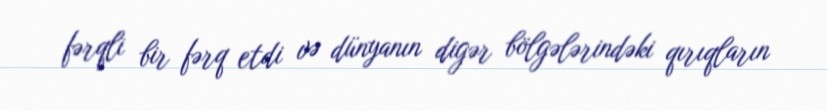
fərqli bir fərq etdi və dünyanın digər bölgələrindəki qırıqların